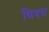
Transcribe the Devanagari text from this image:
विश्य